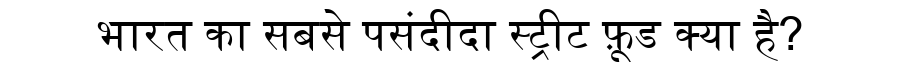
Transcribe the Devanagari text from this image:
भारत का सबसे पसंदीदा स्ट्रीट फ़ूड क्या है?